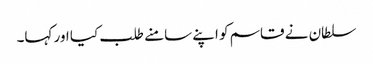
سلطان نے قاسم کو اپنے سامنے طلب کیا اور کہا۔